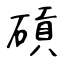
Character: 碽